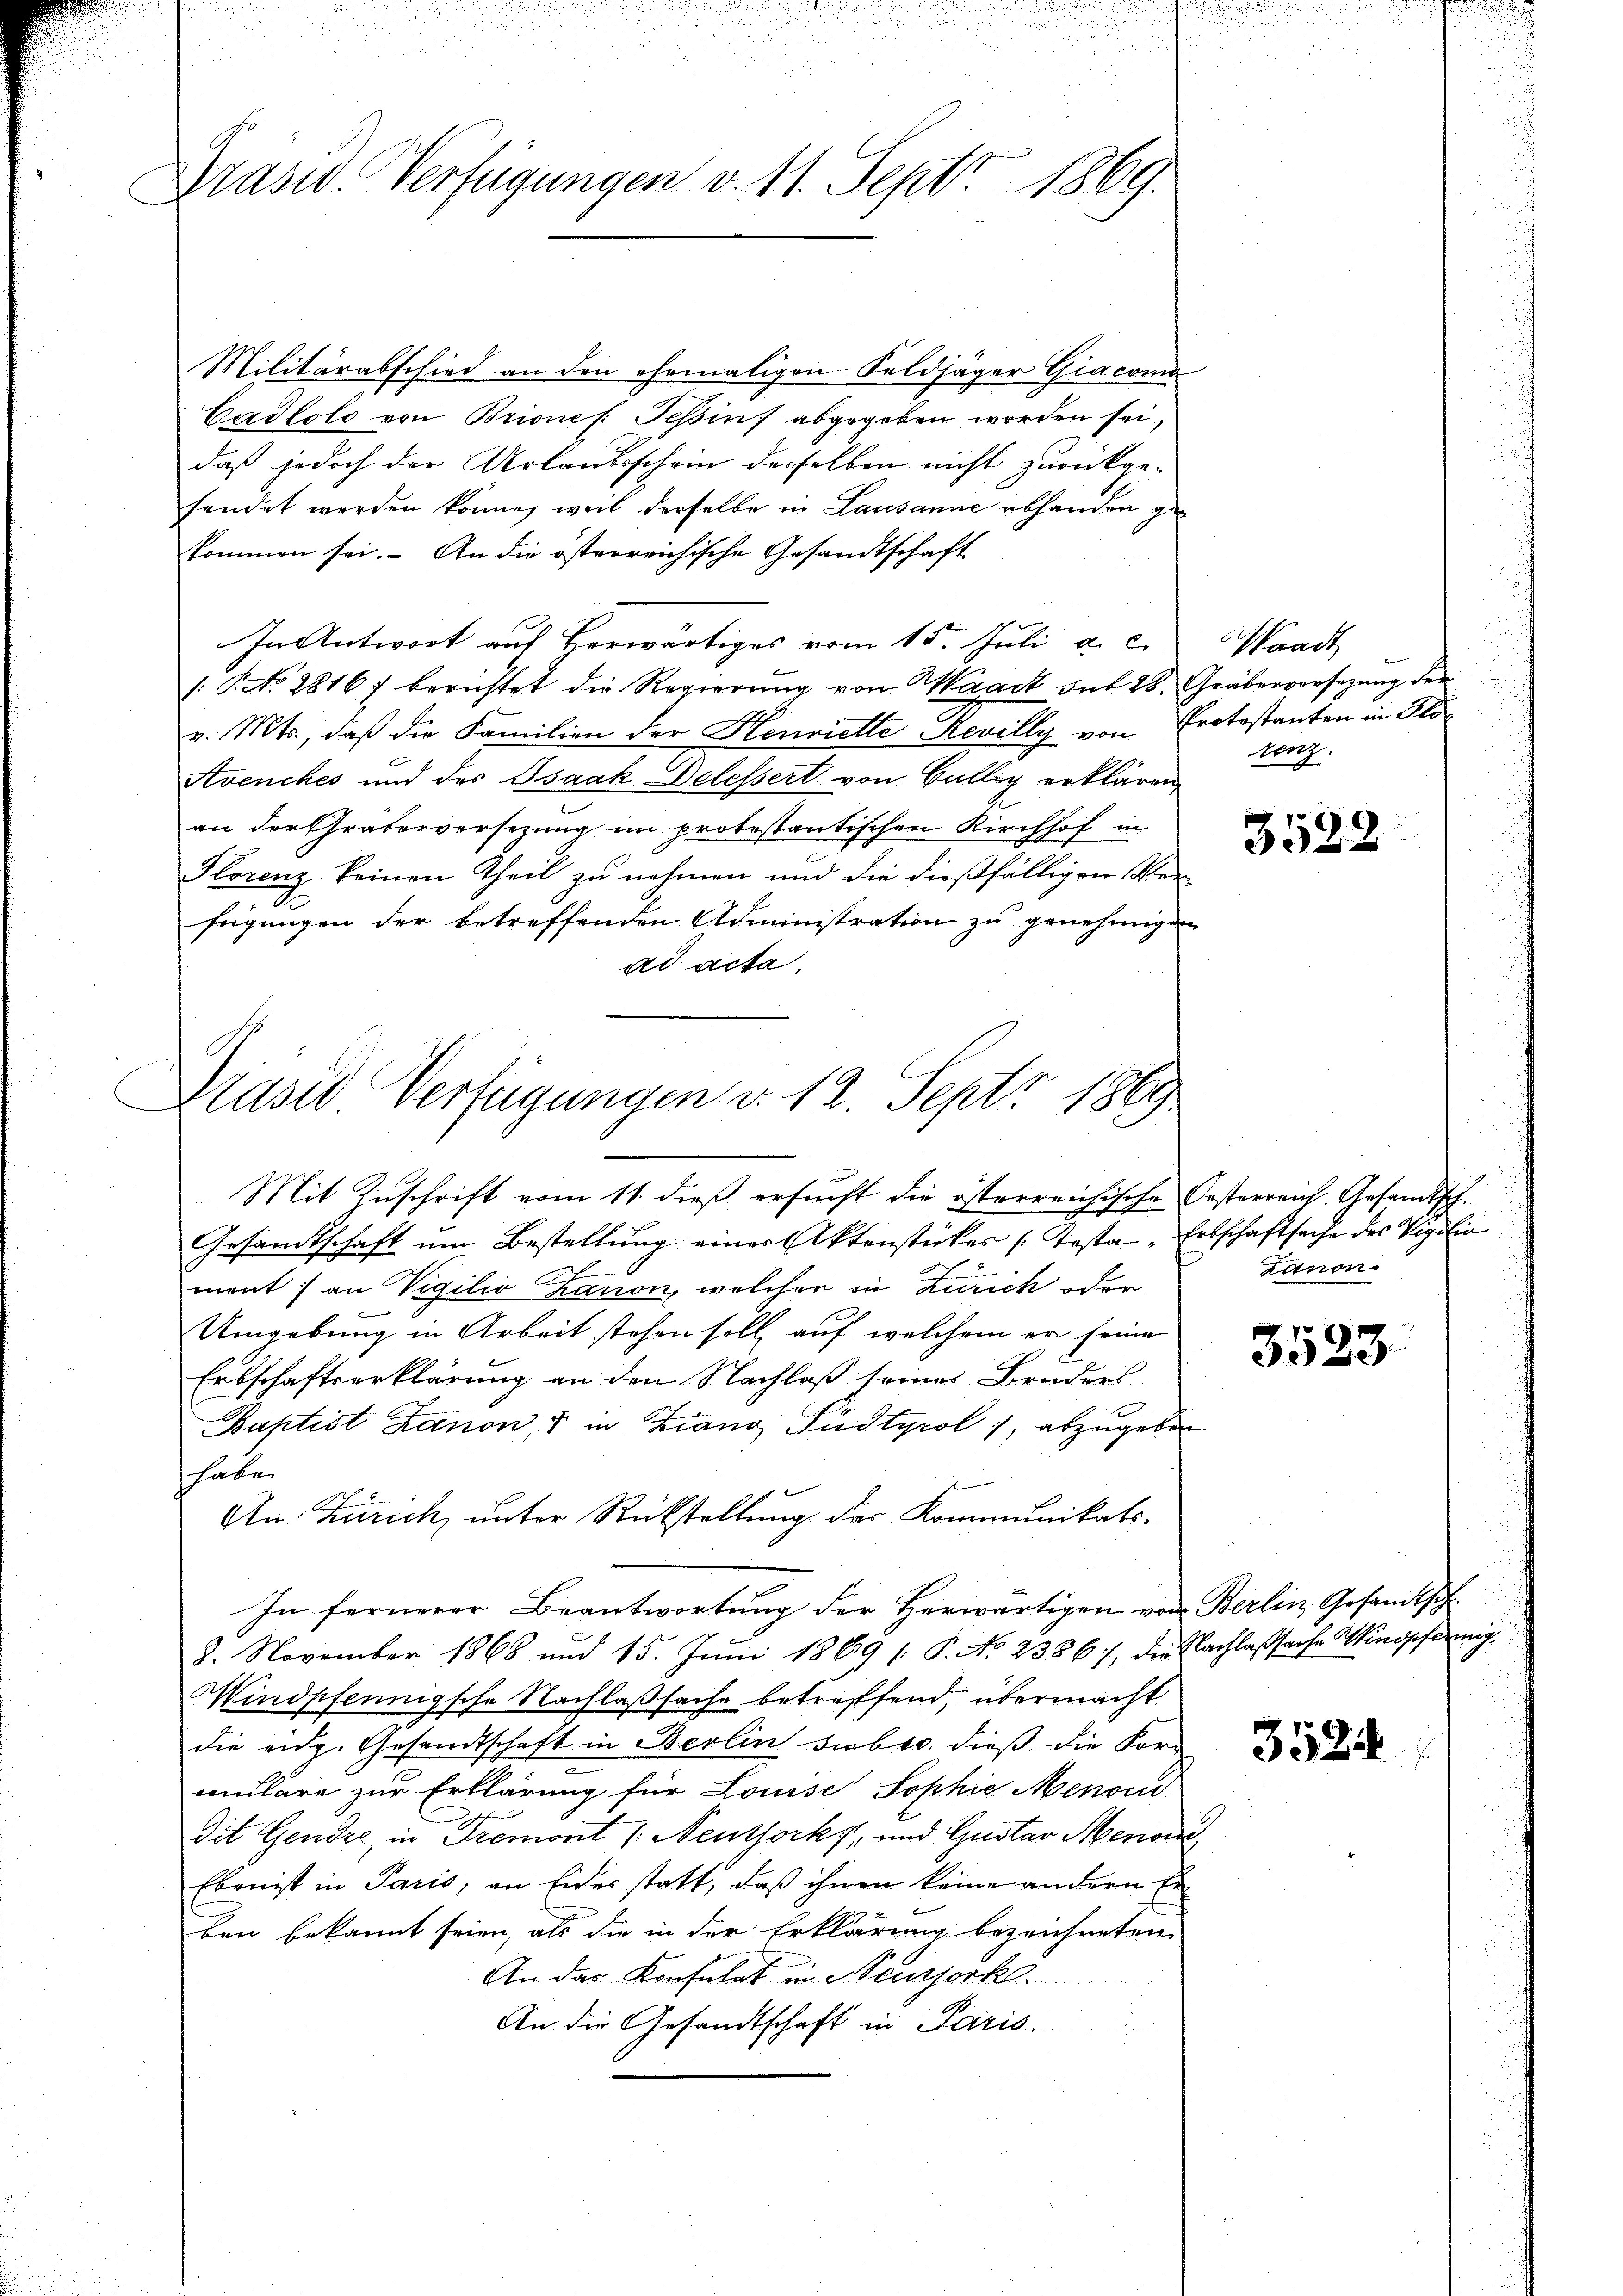
Präsid. Verfügungen v. 11. Sept. 1869.

Militärabschied an den ehemaligen Feldjäger Giacona
Cadlolo von Briones Teßin abgegeben worden sei,
daß jedoch der Urlaubsschein derselben nicht zurückge-
sendet werden könne, weil derselbe in Lausanne abhanden gekommen sei. An die österreichische Gesandtschaft
In Antwort aus Herwärtiges vom 15. Juli a. c.
/: P. No. 2816) berichtet die Regierung von Magit ont 28. Gräbenversezung der
v. Mts., daß die Familien der Henriette Revilly von Protestanten in Flo¬
Avenches und des Isaak Delessert von Bällig erklären
an der Chraterversezung im protestantischen Kirchhof in
Florenz keinen Theil zu nehmen und die dießfälligen Verfügungen der betreffenden Administration zu genehmigen
ad acta,

Drasid Verfügungen d. 12. Sept. 1869

Mit Zuschrift vom 11. dieß ersucht die österreichische Oesterreich. Gesandtsch.
Gesandtschaft um Bestellung einer Aktenstückes (Kasta - Erbschaftsache des Vigilia
ment) an Vigilio Zanon, welcher in Zürich oder
Umgebung in Arbeit stehen soll, auf welchem er seine
Erbschaftserklärung an den Nachlaß seines Bruders
Baptist Lanon, 7 in Zwang Sudtyrol 7, abzugeben
haben
An: Zürich, unter Rückstellung des Kommunikats¬
In fernerer Beantwortung der Herwärtigen von Berlin, Gesandtsch¬
8. November 1868 und 15. Juni 1869 [ P. No 2386), die Nachlaßsache Windförmig¬
Mindpfennigsche Nachlaßsache betreffend, übermacht
die eidg. Gesandtschaft in Berlin subtr. dieß die For-
mulare zur Erklärung für Louise Sophie Menou
dit Gendre, in Tremont /: Neuthorks, und Gustav Menon
Eben ist in Paris, an Eider statt, daß ihnen keine andern Erben bekannt seien, als die in der Erklärung bezeichneten
An das Konsulat in Neusserk
An die Gesandtschaft in Paris.

Waadt
tenz.

3522

Lanon.

3523

3524